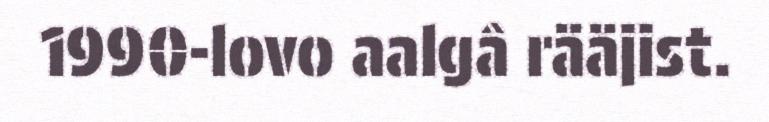
1990-lovo aalgâ rääjist.